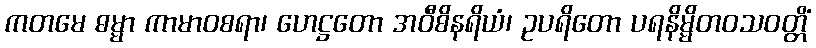
ကတမေ ဓမ္မာ ကာမာဝစရာ၊ ဟေဋ္ဌတော အဝီစိနရိယံ၊ ဥပရိတော ပရနိမ္မိတဝသဝတ္တိံ